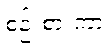
စဉ်းစားကာ